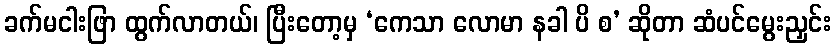
ခက်မငါးဖြာ ထွက်လာတယ်၊ ပြီးတော့မှ ‘ကေသာ လောမာ နခါ ပိ စ’ ဆိုတာ ဆံပင်မွေးညှင်း